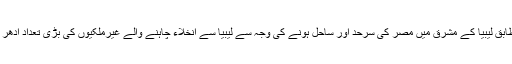
عینی شاہدین کے مطابق لیبیا کے مشرق میں مصر کی سرحد اور ساحل ہونے کی وجہ سے لیبیا سے انخلاء چاہنے والے غیرملکیوں کی بڑی تعداد ادھر کا رخ کر رہی ہے۔